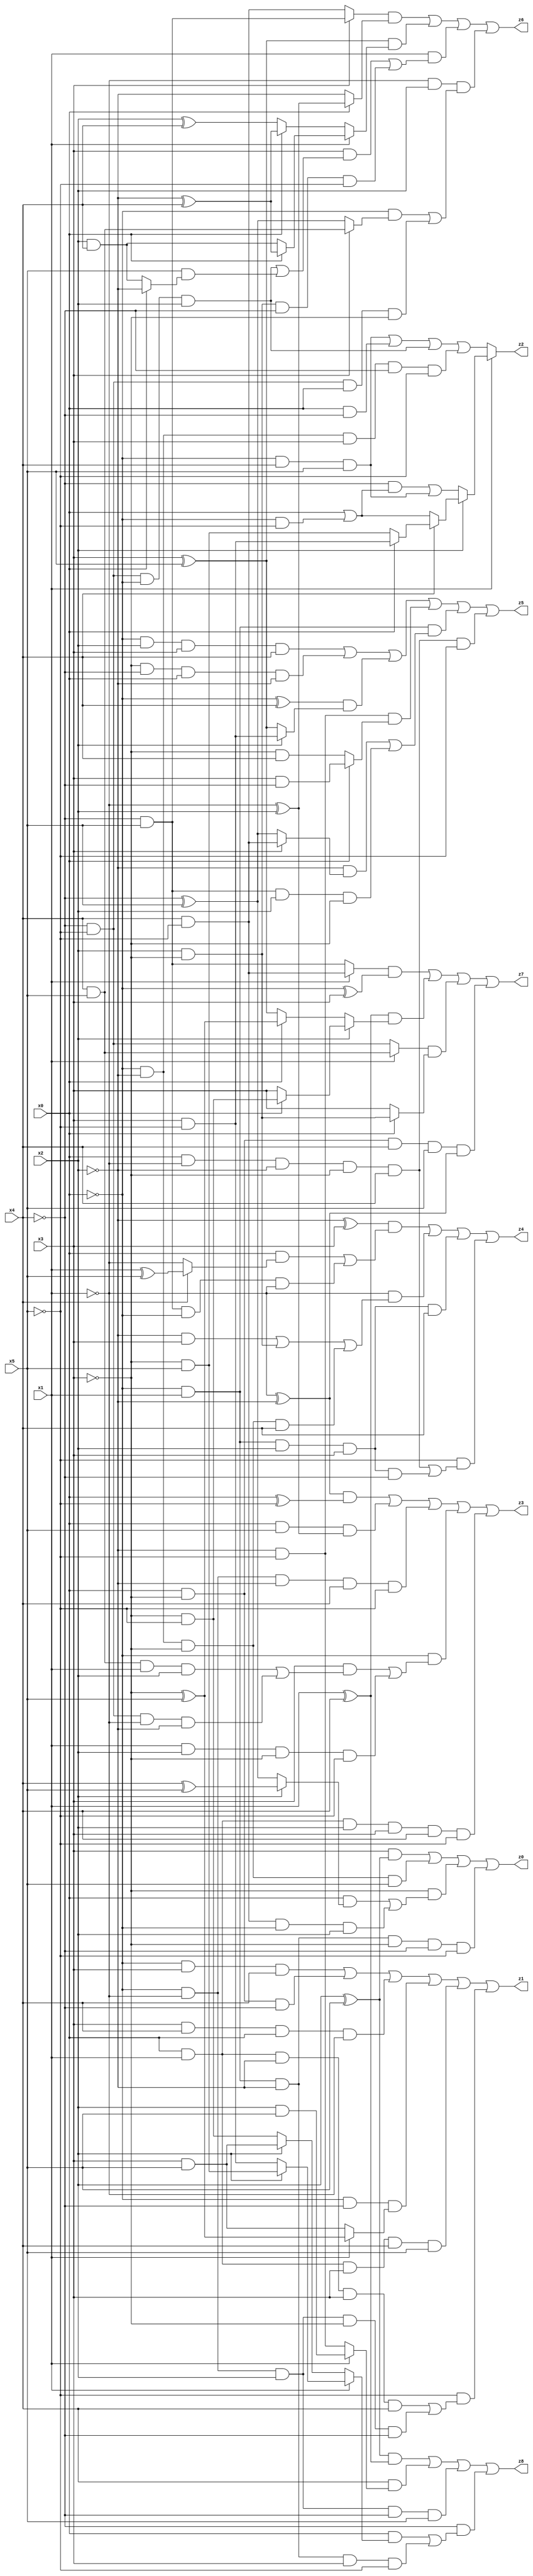
// Benchmark "X_57" written by ABC on Mon Jun 05 23:26:29 2023

module X_57 ( 
    x0, x1, x2, x3, x4, x5,
    z0, z1, z2, z3, z4, z5, z6, z7, z8  );
  input  x0, x1, x2, x3, x4, x5;
  output z0, z1, z2, z3, z4, z5, z6, z7, z8;
  assign z0 = (x3 & (x2 ^ x5)) | (~x0 & ~x2 & ~x3 & x5) | (~x3 & ((x0 & (x2 ? (x4 ^ x5) : (~x4 ^ x5))) | (x4 & ~x5 & ~x0 & x2))) | (~x0 & x1 & ~x2 & ~x3 & ~x4 & ~x5);
  assign z1 = (~x0 & x3 & x4) | (x0 & ~x3 & ~x4) | (x3 & x4 & x0 & ~x1) | (~x0 & ~x4 & (x1 ? (~x3 ^ x5) : (x3 & x5))) | (x0 & x1 & x3 & x4 & x5) | (~x5 & ((x0 & x1 & ~x2 & x3 & x4) | (~x0 & ~x1 & x2 & ~x3 & ~x4)));
  assign z2 = x1 ? (x2 ? (x4 ? (x0 ? (x3 & ~x5) : (~x3 & x5)) : (x0 | (~x0 & ~x5))) : ((~x4 & (x0 | (~x0 & ~x5))) | (~x0 & x4 & x5))) : ((~x0 & x4 & x5) | (x0 & ~x4) | (~x4 & ~x5 & ~x0 & x2) | (~x0 & ~x2 & x3 & ~x4 & ~x5));
  assign z3 = ((~x1 ^ ~x2) & (x0 ^ ~x5)) | (x0 & x5 & (~x1 ^ x2)) | (~x0 & ~x1 & ~x2 & x4 & ~x5) | (~x0 & ((x3 & ((x4 & x5 & x1 & x2) | (~x4 & ~x5 & ~x1 & ~x2))) | (x1 & x2 & ~x3 & ~x5))) | (x0 & x1 & x2 & x3 & x4 & ~x5);
  assign z4 = ((~x2 ^ x3) & ((x0 & (x4 ? (x1 ^ x5) : ~x1)) | (~x4 & x5 & ~x0 & ~x1))) | (~x1 & ((~x2 & x3) | (x2 & ~x3) | (~x0 & ~x2 & ~x3 & x4))) | (~x0 & x1 & x2 & x3 & x4) | (~x5 & ((x0 & ~x1 & ~x2 & ~x3 & x4) | (~x0 & x1 & x2 & x3 & ~x4)));
  assign z5 = (~x0 & x2 & x3 & x4) | (~x3 & ~x4 & x0 & ~x2) | ((~x0 ^ x4) & (x2 ? (x3 & ~x5) : (x3 ^ x5))) | (~x2 & ~x5 & (x0 ? (x3 & ~x4) : (~x3 & x4))) | (~x0 & x1 & ((~x2 & (x3 ? (x4 & ~x5) : (~x4 ^ x5))) | (~x4 & x5 & x2 & ~x3))) | (x0 & ~x1 & ~x2 & ~x3 & x4 & ~x5);
  assign z6 = ((x3 ? (~x4 & x5) : (x4 & ~x5)) & (x0 ? (~x1 ^ x2) : ~x2)) | ((x3 ^ x5) & (x1 ? (x0 ? (~x2 ^ x4) : (x2 & x4)) : (x0 ? (~x2 ^ x4) : (x2 ^ x4)))) | (x1 & ((x3 & ((~x4 & ~x5 & ~x0 & x2) | (x5 & (x0 ? ~x2 : (x2 & x4))))) | (x2 & ~x3 & ~x4 & ~x5))) | (~x1 & x2 & ((~x0 & (x3 ? (x4 & x5) : (~x4 ^ x5))) | (~x4 & ~x5 & x0 & ~x3)));
  assign z7 = ((x1 ? (x4 & ~x5) : (~x4 & x5)) & (~x0 ^ x3)) | ((x1 ^ x4) & (x2 ? (x0 ? (~x3 & ~x5) : x3) : (x0 ? (~x3 ^ x5) : (x3 ^ x5)))) | ((x1 ? (x4 & x5) : (~x4 & ~x5)) & (x0 ? (x2 & ~x3) : x3)) | (x0 & ~x3 & x4 & x5 & (~x1 ^ ~x2));
  assign z8 = ((x2 ^ x5) & (x1 ^ x4)) | (x4 & (x1 ? (x2 & x5) : (~x2 & ~x5))) | (~x0 & ~x1 & x2 & ~x4 & x5) | (~x4 & ((x0 & (x1 ? (x2 ? (~x3 & x5) : (x3 & ~x5)) : (x2 ? (x3 & x5) : (~x3 & ~x5)))) | (~x0 & x1 & ~x2 & x3 & ~x5)));
endmodule